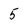
Character: 5